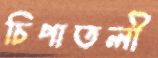
চিপাতলী